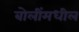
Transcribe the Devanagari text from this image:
बोलींमधील